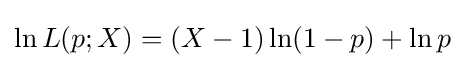
\ln L(p;X)=(X-1)\ln(1-p)+\ln p